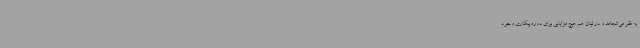
به فقر می‌انجامد و در لبنان هم هیچ مزایایی برای دوره بیکاری وجود